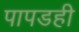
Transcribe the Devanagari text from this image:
पापडही